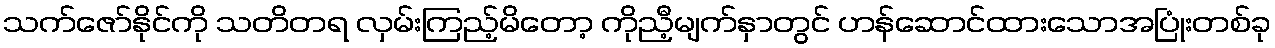
သက်ဇော်နိုင်ကို သတိတရ လှမ်းကြည့်မိတော့ ကိုညီ့မျက်နှာတွင် ဟန်ဆောင်ထားသောအပြုံးတစ်ခု